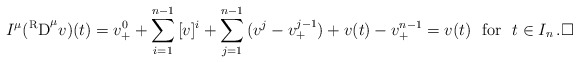
\begin{align*}I^{\mu}({\rm ^R D}^\mu v)(t)&=v^0_++\sum_{i=1}^{n-1}\,[v]^i+\sum_{j=1}^{n-1}\,(v^j-v^{j-1}_+)+v(t)-v^{n-1}_+=v(t)~~{\rm for}~~t \in I_n\,.\Box\end{align*}